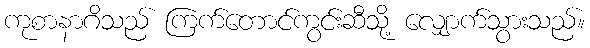
ကုစာနာဂိသည် ကြက်တောင်ကွင်းဆီသို့ လျှောက်သွားသည်။